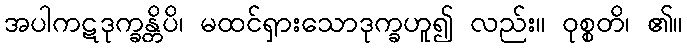
အပါကဋဒုက္ခန္တိပိ၊ မထင်ရှားသောဒုက္ခဟူ၍ လည်း။ ဝုစ္စတိ၊ ၏။